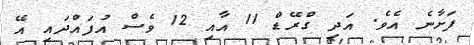
ފަށާނެ އެވެ. އަދި ގްރޭޑް 11 އާއި 12 ވެސް އުފައްދައި އޭ